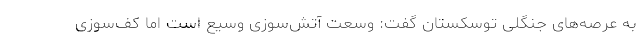
به عرصه‌های جنگلی توسکستان گفت: وسعت آتش‌سوزی وسیع است اما کف‌سوزی